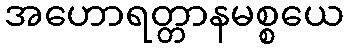
အဟောရတ္တာနမစ္စယေ